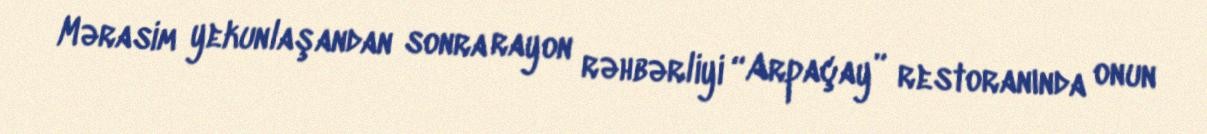
Mərasim yekunlaşandan sonra rayon rəhbərliyi “Arpaçay” restoranında onun